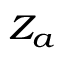
\scriptstyle { Z _ { a } }